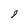
Character: 9